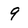
Character: 9